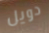
دويل